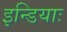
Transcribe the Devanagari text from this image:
इन्डियाः